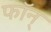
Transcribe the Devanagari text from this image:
फॉन्